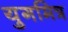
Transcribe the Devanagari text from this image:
युगमित्र